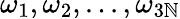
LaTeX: \omega_{1},\omega_{2},...,\omega_{3\mathbb{N}}